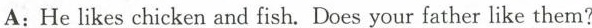
A:Helikes chicken and fish.Does your father like them?